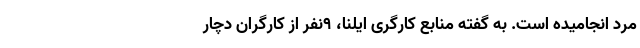
مرد انجامیده است. به گفته منابع کارگری ایلنا، ۹نفر از کارگران دچار